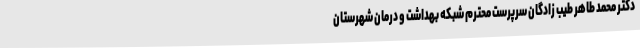
دکتر محمد طاهر طیب زادگان سرپرست محترم شبکه بهداشت و درمان شهرستان